Rangoon Lunatic Asylum 1878-1892 - 1878-1892
Year: 1878
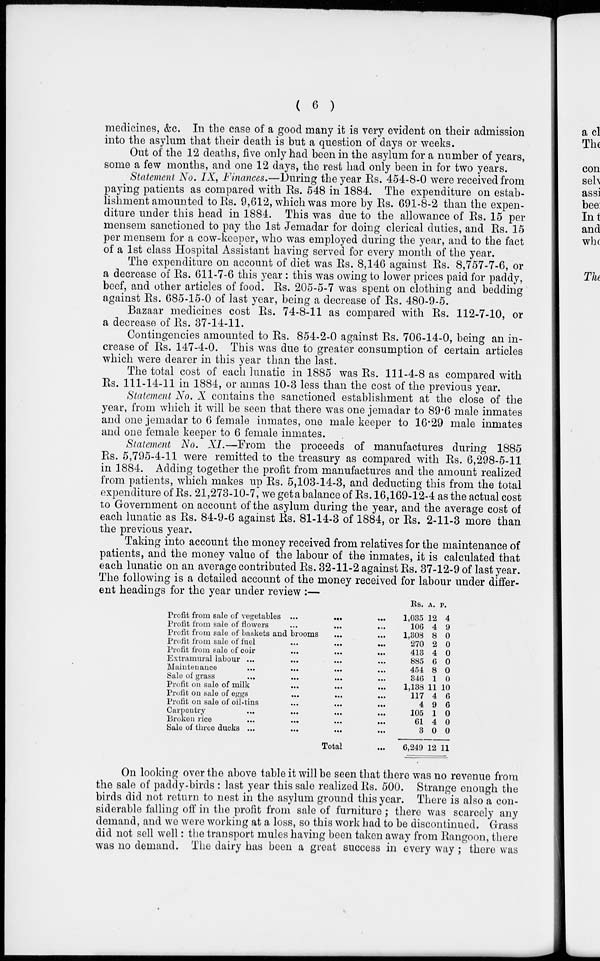
( 6 )
medicines, &c. In the case of a good many it is very evident on their admission
into the asylum that their death is but a question of days or weeks.
Out of the 12 deaths, five only had been in the asylum for a number of years,
some a few months, and one 12 days, the rest had only been in for two years.
Statement No. IX, Finances.—During the year Rs. 454-8-0 were received from
paying patients as compared with Rs. 548 in 1884. The expenditure on estab-
lishment amounted to Rs. 9,612, which was more by Rs. 691-8-2 than the expen-
diture under this head in 1884. This was due to the allowance of Rs. 15 per
mensem sanctioned to pay the 1st Jemadar for doing clerical duties, and Rs. 15
per mensem for a cow-keeper, who was employed during the year, and to the fact
of a 1st class Hospital Assistant having served for every month of the year.
The expenditure on account of diet was Rs. 8,146 against Rs. 8,757-7-6, or
a decrease of Rs. 611-7-6 this year : this was owing to lower prices paid for paddy,
beef, and other articles of food. Rs. 205-5-7 was spent on clothing and bedding
against Rs. 685-15-0 of last year, being a decrease of Rs. 480-9-5.
Bazaar medicines cost Rs. 74-8-11 as compared with Rs. 112-7-10, or
a decrease of Rs. 37-14-11.
Contingencies amounted to Rs. 854-2-0 against Rs. 706-14-0, being an in-
crease of Rs. 147-4-0. This was due to greater consumption of certain articles
which were dearer in this year than the last.
The total cost of each lunatic in 1885 was Rs. 111-4-8 as compared with
Rs. 111-14-11 in 1884, or annas 10-3 less than the cost of the previous year.
Statement No. X contains the sanctioned establishment at the close of the
year, from which it will be seen that there was one jemadar to 89.6 male inmates
and one jemadar to 6 female inmates, one male keeper to 16.29 male inmates
and one female keeper to 6 female inmates.
Statement No. XI.—From the proceeds of manufactures during 1885
Rs. 5,795-4-11 were remitted to the treasury as compared with Rs. 6,298-5-11
in 1884. Adding together the profit from manufactures and the amount realized
from patients, which makes up Rs. 5,103-14-3, and deducting this from the total
expenditure of Rs. 21,273-10-7, we get a balance of Rs. 16,169-12-4 as the actual cost
to Government on account of the asylum during the year, and the average cost of
each lunatic as Rs. 84-9-6 against Rs. 81-14-3 of 1884, or Rs. 2-11-3 more than
the previous year.
Taking into account the money received from relatives for the maintenance of
patients, and the money value of the labour of the inmates, it is calculated that
each lunatic on an average contributed Rs. 32-11-2 against Rs. 37-12-9 of last year.
The following is a detailed account of the money received for labour under differ-
ent headings for the year under review :—
Profit from sale of vegetables ...
... ...
Profit from sale of flowers ... ... ...
Profit from sale of baskets and brooms ... ...
Profit from sale of fuel
...
...
...
Profit from sale of coir ... ... ... ...
Extramural labour ... ... ... ...
Maintenance ... ... ... ...
Sale of grass
... ... ...
Profit on sale of milk ... ... ...
Profit on sale of eggs ... ... ...
Profit on sale of oil-tins ... ... ... ...
Carpentry ... ... ... ...
Broken rice
...
...
...
...
Sale of three ducks ... ... ...
Total ...
Rs.
1,035
106
1,308
270
413
885
454
346
1,138
117
4
105
61
3
6,249
A.
12
4
8
2
4
6
8
1
11
4
9
1
4
0
12
P.
4
9
0
0
0
0
0
0
10
6
6
0
0
0
11
On looking over the above table it will be seen that there was no revenue from
the sale of paddy-birds : last year this sale realized Rs. 500. Strange enough the
birds did not return to nest in the asylum ground this year. There is also a con-
siderable falling off in the profit from sale of furniture ; there was scarcely any
demand, and we were working at a loss, so this work had to be discontinued. Grass
did not sell well : the transport mules having been taken away from Rangoon, there
was no demand. The dairy has been a great success in every way ; there was